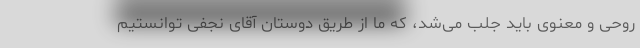
روحی و معنوی باید جلب می‌شد، که ما از طریق دوستان آقای نجفی توانستیم